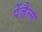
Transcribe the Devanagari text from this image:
पेंज़ैन्स